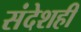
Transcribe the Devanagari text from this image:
संदेशही